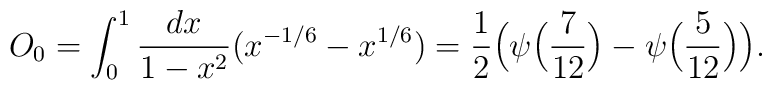
O_0=\int_0^{1} {dx\over 1-x^2} \bigl( x^{-1/6} - x^{1/6}\bigr)={1\over 2}\Bigl(\psi \Bigl({7\over 12}\Bigr)-\psi \Bigl({5\over 12}\Bigr) \Bigr).